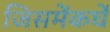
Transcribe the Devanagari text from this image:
जिसमेंकर्घे